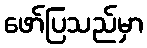
ဖော်ပြသည်မှာ